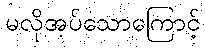
မလိုအပ်သောကြောင့်